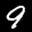
Label: 9